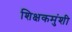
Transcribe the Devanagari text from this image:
शिक्षकमुंशी